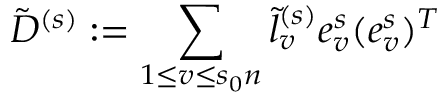
\tilde { D } ^ { ( s ) } : = \sum _ { 1 \le v \le s _ { 0 } n } \tilde { l } _ { v } ^ { ( s ) } e _ { v } ^ { s } ( e _ { v } ^ { s } ) ^ { T }